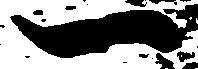
一